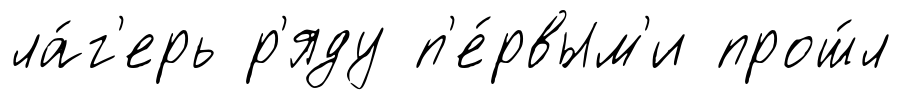
ла́г'ерь р'яду п'е́рвым'и прош́л